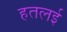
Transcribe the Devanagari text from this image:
हतलई